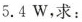
5.4W，求：